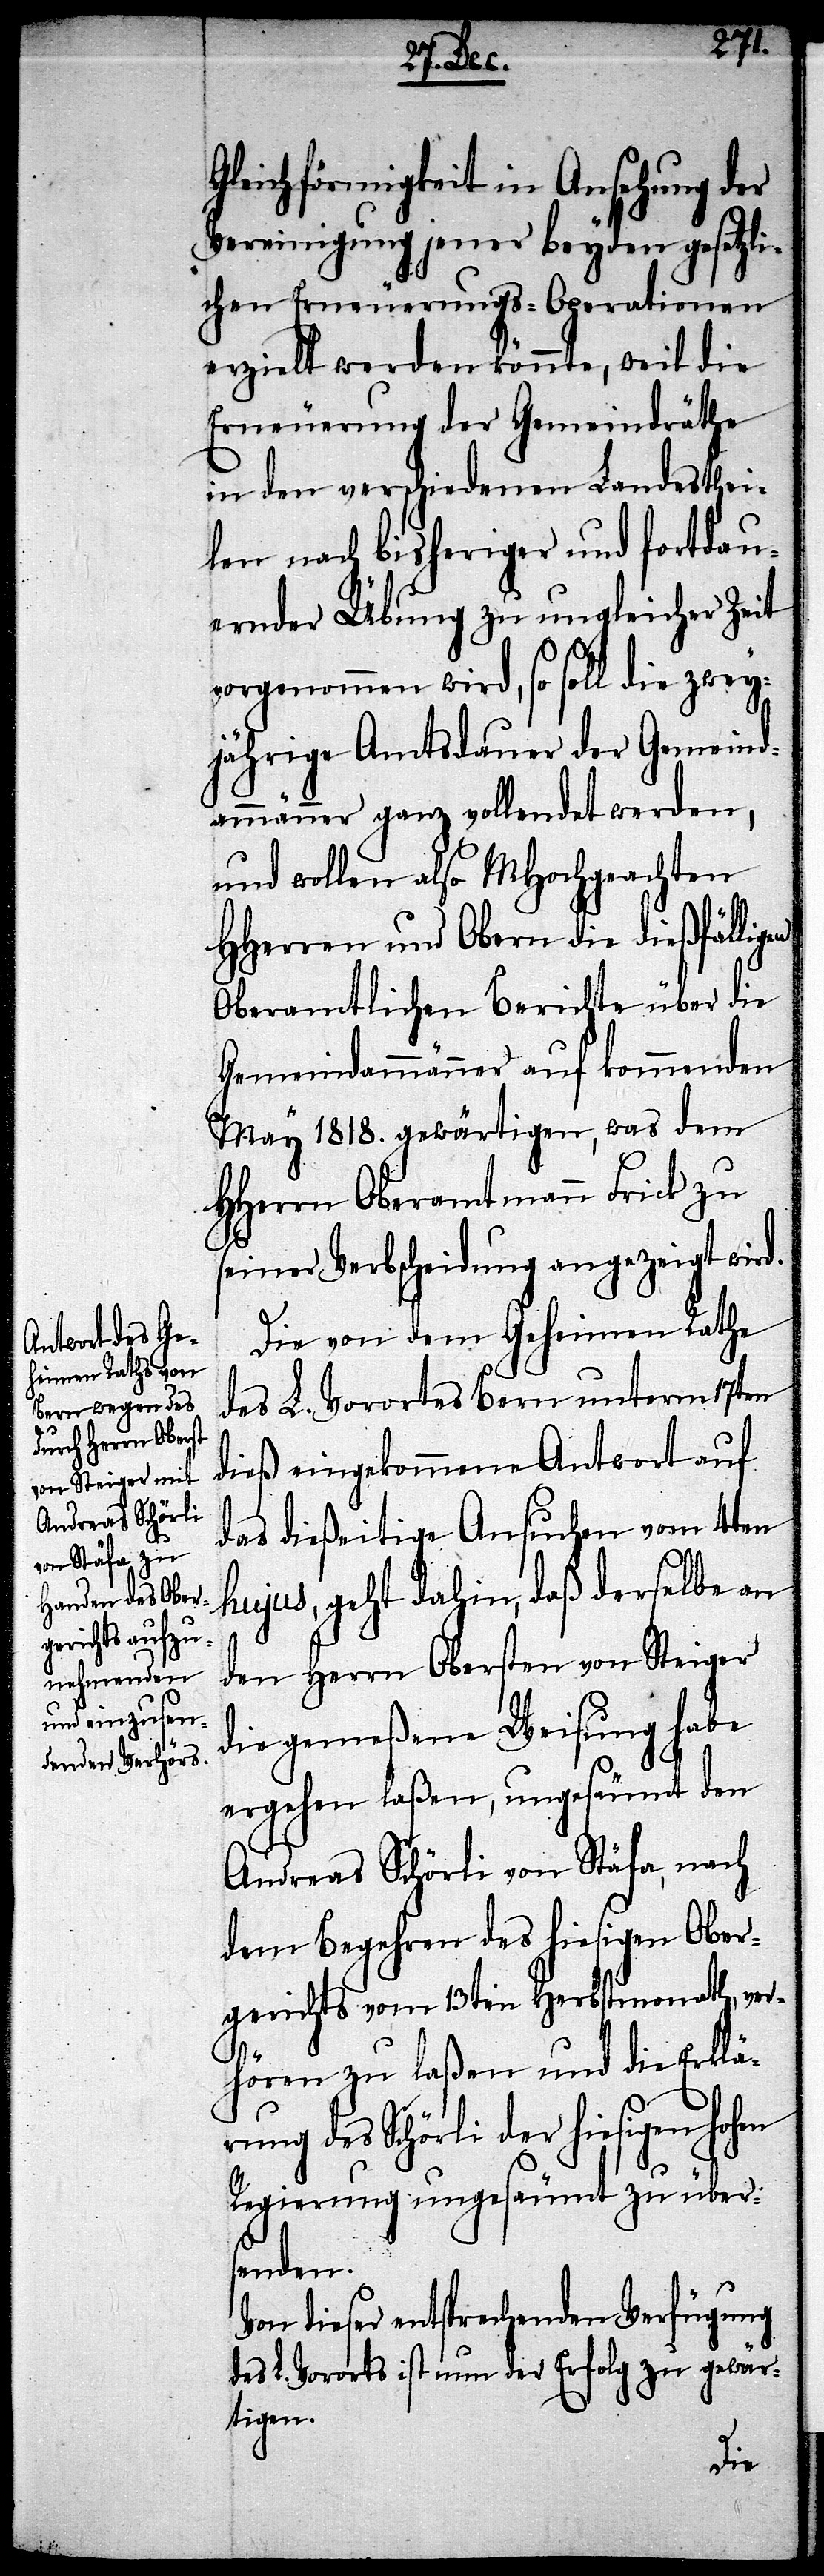
Gleichförmigkeit in Ansehung der
Vereinigung jener beyden gesetzli¬
chen Erneuerungs-Operationen
erzielt werden könnte, weil die
Erneuerung der Gemeindräthe
in den verschiedenen Landesthei¬
len nach bisheriger und fortdau¬
ernder Übung zu ungleicher Zeit
vorgenommen wird, so soll die zwey¬
jährige Amtsdauer der Gemeind¬
ammänner ganz vollendet werden,
und wollen also MHochgeachten
HHerren und Obern die dießfälligen
Oberamtlichen Bericht über die
Gemeindammänner auf kommenden
May 1818. gewärtigen, was dem
HHerrn Oberamtmann Frick zu
seiner Verbscheidung angezeigt wird.
Die von dem Geheimen Rathe
des L. Vorortes Bern unterm 18ten
dieß eingekommene Antwort auf
das dießeitige Ansuchen vom 4ten
hujus, geht dahin, daß derselben
den Herrn Obersten von Steiger
die gemeßene Weisung haben
ergehen laßen, ungesäumt den
Andreas Schörli von Stäfa, nach
dem Begehren des hiesigen Ober¬
gerichts vom 13ten Herbstmonath, ver¬
hören zu laßen und die Erklä¬
rung des Schörli der hiesigen Hohen
Regierung ungesäumt zu über¬
senden.
Von dieser entsprechenden Verfügung
des L. Vororts ist nun der Erfolg zu gewär¬
tigen.